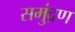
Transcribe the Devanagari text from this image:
समुंद्रण